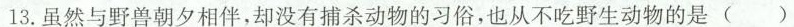
13.虽然与野兽朝夕相伴，却没有捕杀动物的习俗，也从不吃野生动物的是()